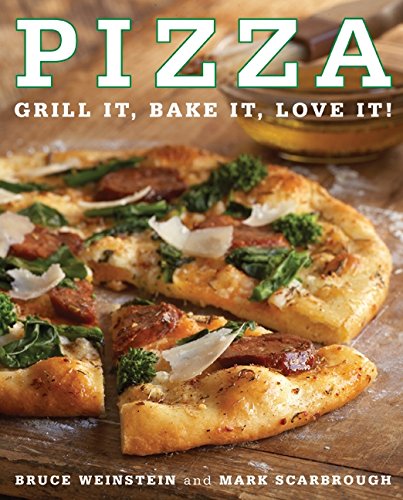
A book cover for Pizza: Grill It, Bake It, Love It!; Bruce Weinstein; Cookbooks, Food & Wine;